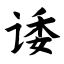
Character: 诿